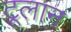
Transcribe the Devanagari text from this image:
टूलान